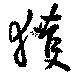
獲